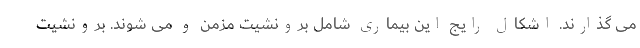
می گذارند. اشکال رایج این بیماری شامل برونشیت مزمن و می شوند. برونشیت